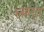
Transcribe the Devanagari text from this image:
लहरत